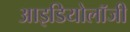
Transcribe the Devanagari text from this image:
आइडियोलॉजी